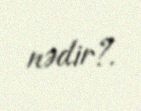
nədir?.